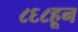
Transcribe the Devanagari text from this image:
८६८हून